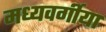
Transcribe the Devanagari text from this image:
मध्यवर्गीया